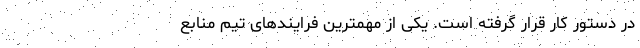
در دستور کار قرار گرفته است. یکی از مهمترین فرایند‌های تیم منابع